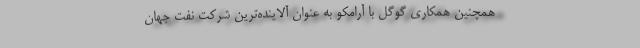
همچنین همکاری گوگل با آرامکو به عنوان آلاینده‌ترین شرکت نفت جهان